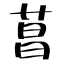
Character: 菖